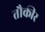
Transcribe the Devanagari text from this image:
तौकीर